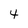
Character: 4